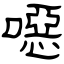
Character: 噁